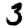
Digit: 3